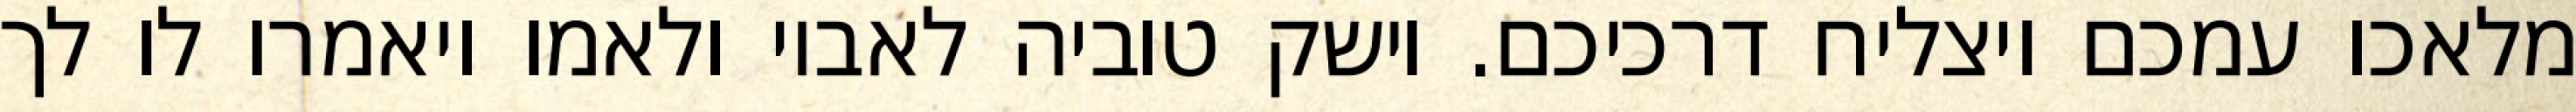
מלאכו עמכם ויצליח דרכיכם. וישק טוביה לאביו ולאמו ויאמרו לו לך